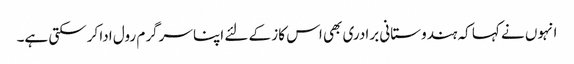
انہوں نے کہا کہ ہندوستانی برادری بھی اس کاز کے لئے اپنا سرگرم رول ادا کرسکتی ہے۔